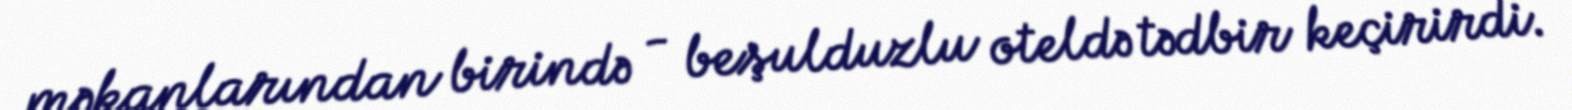
məkanlarından birində - beşulduzlu oteldə tədbir keçirirdi.